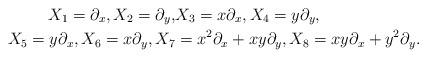
LaTeX: \begin{align*}X_1 = \partial_x, X_2 = \partial_y, & X_3 = x \partial_x, X_4 = y \partial_y, \\X_5 = y \partial_x, X_6 = x \partial_y, X_7 &= x^2 \partial_x + xy \partial_y, X_8 = xy \partial_x + y^2 \partial_y.\end{align*}